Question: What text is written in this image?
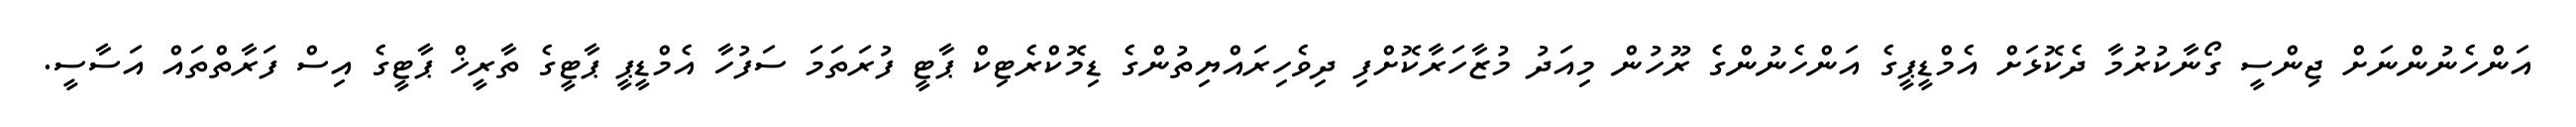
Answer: އަންހެނުންނަށް ޖިންސީ ގޯނާކުރުމާ ދެކޮޅަށް އެމްޑީޕީގެ އަންހެނުންގެ ރޫހުން މިއަދު މުޒާހަރާކޮށްފި ދިވެހިރައްޔިތުންގެ ޑިމޮކްރެޓިކް ޕާޓީ ފުރަތަމަ ސަފުހާ އެމްޑީޕީ ޕާޓީގެ ތާރީޚް ޕާޓީގެ އިސް ފަރާތްތައް އަސާސީ.